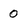
Character: 0